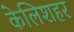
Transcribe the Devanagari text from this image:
केलिशहर